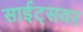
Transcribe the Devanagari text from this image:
साईट्सवर